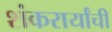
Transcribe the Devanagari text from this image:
शंकरार्यांची